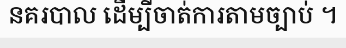
នគរបាល ដើម្បីចាត់ការតាមច្បាប់ ។